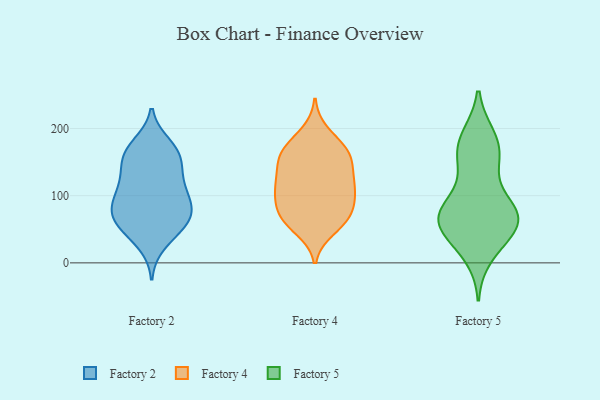
{"axis": {"x": "Humidity (%)", "y": "Value"}, "legend": ["Factory 2", "Factory 4", "Factory 5"], "data": [{"x": "", "y": 162, "type": "Factory 2"}, {"x": "", "y": 126, "type": "Factory 2"}, {"x": "", "y": 60, "type": "Factory 2"}, {"x": "", "y": 160, "type": "Factory 2"}, {"x": "", "y": 85, "type": "Factory 2"}, {"x": "", "y": 142, "type": "Factory 2"}, {"x": "", "y": 99, "type": "Factory 2"}, {"x": "", "y": 63, "type": "Factory 2"}, {"x": "", "y": 80, "type": "Factory 2"}, {"x": "", "y": 155, "type": "Factory 2"}, {"x": "", "y": 28, "type": "Factory 2"}, {"x": "", "y": 119, "type": "Factory 2"}, {"x": "", "y": 78, "type": "Factory 2"}, {"x": "", "y": 69, "type": "Factory 2"}, {"x": "", "y": 171, "type": "Factory 2"}, {"x": "", "y": 48, "type": "Factory 2"}, {"x": "", "y": 52, "type": "Factory 2"}, {"x": "", "y": 95, "type": "Factory 2"}, {"x": "", "y": 176, "type": "Factory 2"}, {"x": "", "y": 112, "type": "Factory 2"}, {"x": "", "y": 92, "type": "Factory 4"}, {"x": "", "y": 109, "type": "Factory 4"}, {"x": "", "y": 194, "type": "Factory 4"}, {"x": "", "y": 106, "type": "Factory 4"}, {"x": "", "y": 105, "type": "Factory 4"}, {"x": "", "y": 170, "type": "Factory 4"}, {"x": "", "y": 161, "type": "Factory 4"}, {"x": "", "y": 149, "type": "Factory 4"}, {"x": "", "y": 153, "type": "Factory 4"}, {"x": "", "y": 71, "type": "Factory 4"}, {"x": "", "y": 171, "type": "Factory 4"}, {"x": "", "y": 164, "type": "Factory 4"}, {"x": "", "y": 62, "type": "Factory 4"}, {"x": "", "y": 125, "type": "Factory 4"}, {"x": "", "y": 83, "type": "Factory 4"}, {"x": "", "y": 50, "type": "Factory 4"}, {"x": "", "y": 130, "type": "Factory 4"}, {"x": "", "y": 66, "type": "Factory 4"}, {"x": "", "y": 64, "type": "Factory 4"}, {"x": "", "y": 118, "type": "Factory 4"}, {"x": "", "y": 164, "type": "Factory 5"}, {"x": "", "y": 72, "type": "Factory 5"}, {"x": "", "y": 62, "type": "Factory 5"}, {"x": "", "y": 70, "type": "Factory 5"}, {"x": "", "y": 142, "type": "Factory 5"}, {"x": "", "y": 81, "type": "Factory 5"}, {"x": "", "y": 188, "type": "Factory 5"}, {"x": "", "y": 63, "type": "Factory 5"}, {"x": "", "y": 87, "type": "Factory 5"}, {"x": "", "y": 64, "type": "Factory 5"}, {"x": "", "y": 147, "type": "Factory 5"}, {"x": "", "y": 45, "type": "Factory 5"}, {"x": "", "y": 50, "type": "Factory 5"}, {"x": "", "y": 188, "type": "Factory 5"}, {"x": "", "y": 11, "type": "Factory 5"}, {"x": "", "y": 173, "type": "Factory 5"}, {"x": "", "y": 28, "type": "Factory 5"}, {"x": "", "y": 80, "type": "Factory 5"}]}